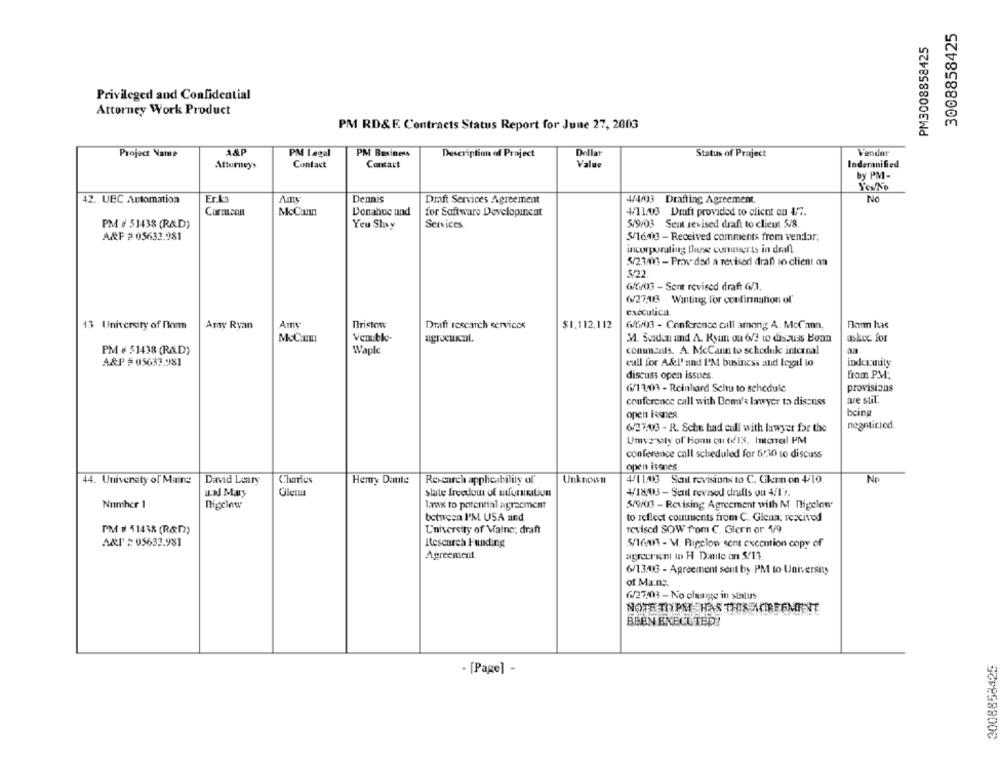
3008858425
PM3008858425
Privileged and Confidential
Attorney Work Product
PM RD&E Contracts Status Report for June 27, 2003
Project Name
A&P
PM Legal
PM Business
Description of Project
Dellat
Vendar
Status of Project
Attorneys
Contact
Contact
Value
Inderanified
by PM-
YOUNe
42. UBC Automation
Erk
Dennis
Drift Services Agreement
No
4/4/03 Drafting Agreement.
Carmcan
McCann
Donahoc and
for Software Developinent
4/11/03 Draft provided to client on 4/7.
PM # 51438 (R&D)
Yeu Shyy
Services
5/9/03 Sent revised draft to client 5/8.
A&P =05632.981
5/16.03 - Received comments from vendor,
incorporating buse comments in deil.
5/23/06 - Prawdail a revised dranl so client on
522
Gff/03 - Sont revised draft G/3.
6/27,13 Wanting For confirmation of'
executica.
13 University of non
Amy Ryan
Amy
Bristoww
Draft research services
$1.112,112
6/6/03 - Conference call among A. McCann,
Ban hus
MeCum
Venublo-
M. Scadon und A. Ryan ou 6/3 to discuss Bonn
uskec for
PM # 51438 (RAD)
Waple
comum:als. A. McCann to schedule internal
am
A&P =05633.981
call for A&l' and I'M business and legal lo
inder.uuly
discuss open issues
from PM;
G/11/03 - Reinhard Schu to schedule
provisions
conference call with Bom's lawyer to discuss
are stil.
being
open issnes.
negotiried.
6/27.03 - R. Schu had cull with lawyer for the
Umve sty of Homm ou (613, Intonal PM
conference call scheduled for 6:30 to discuss
open isenes
44. University of Maine
David Leary
Charles
Henry Datte
Unknown
4/11413 Scul revisionx to C. Gkeen on 4/10.
No
Research appleability of"
IN May
Glen
slate freedom of information
4/18/03 - Sent revised drafts ou 4/1'r.
Number 1
Bigclow
laws to potential agreement
5/9/03 - Revising Agreement with M nigelen
between I'M USA and
to reflect comments from C. Glenn: rescived
PM # 41438 (R&D))
University of Maine: draft
revised SOW from C. Glern or 4/9
A&P = 05633.981
Rescarch Funding
$/1603 - M. Bigclow sent execution copy of
Agreement.
agreerichi to H Dante on 5/13.
6/1346 - Agreement sent by PM to University
of Mang.
6/27/03 - No change in status
NOTE TOPH HAS THES MOREEMRENT
BEEN EXECUTED!
3008858425
- [Page] -